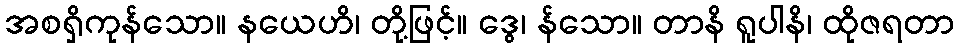
အစရှိကုန်သော။ နယေဟိ၊ တို့ဖြင့်။ ဒွေ၊ န်သော။ တာနိ ရူပါနိ၊ ထိုဇရတာ